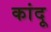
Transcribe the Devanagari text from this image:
कांदू